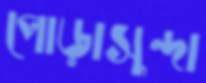
পোড়াসুন্দা